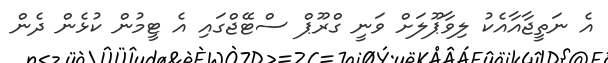
އެ ނަތީޖާއާއެކު ލިވާޕޫލަށް ވަނީ ގްރޫޕް ސްޓޭޖްގައި އެ ޓީމުން ކުޅެން ދެން